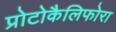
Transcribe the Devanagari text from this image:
प्रोटोकैलिफोरा